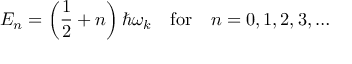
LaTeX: E _ { n } = \left( { \frac { 1 } { 2 } } + n \right) \hbar \omega _ { k } \quad { \mathrm { f o r } } \quad n = 0 , 1 , 2 , 3 , \ldots